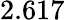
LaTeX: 2.617